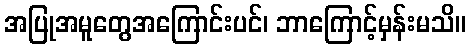
အပြုအမူတွေအကြောင်းပင်၊ ဘာကြောင့်မှန်းမသိ။